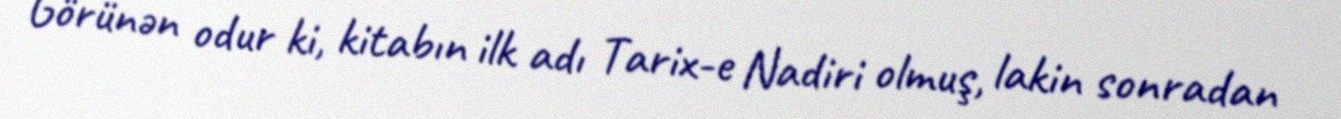
Görünən odur ki, kitabın ilk adı Tarix-e Nadiri olmuş, lakin sonradan